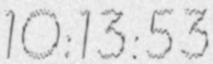
10:13:53